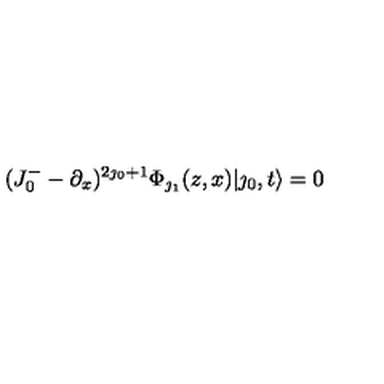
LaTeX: ( J _ { 0 } ^ { - } - \partial _ { x } ) ^ { 2 \jmath _ { 0 } + 1 } \Phi _ { \jmath _ { 1 } } ( z , x ) | \jmath _ { 0 } , t \rangle = 0